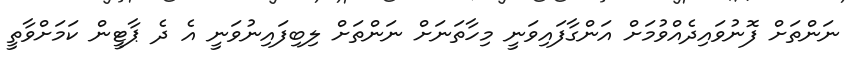
ނަންތަށް ފޮނުވައިދެއްވުމަށް އަންގާފައިވަނީ މިހާތަނަށް ނަންތަށް ލިބިފައިނުވަނީ އެ ދެ ޕާޓީން ކަމަށްވާތީ